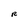
Character: R